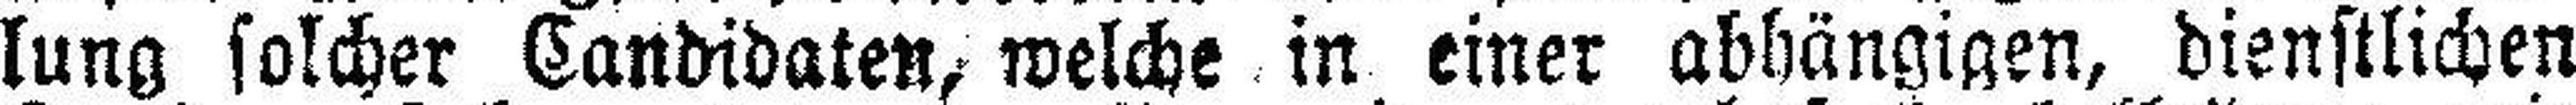
lung solcher Candidaten, welche in einer abhängigen, dienstlichen